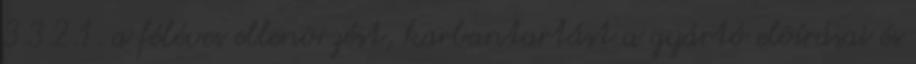
3.3.2.1. a féléves ellenõrzést, karbantartást a gyártó elõírásai és